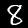
Digit: 8